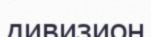
дивизион